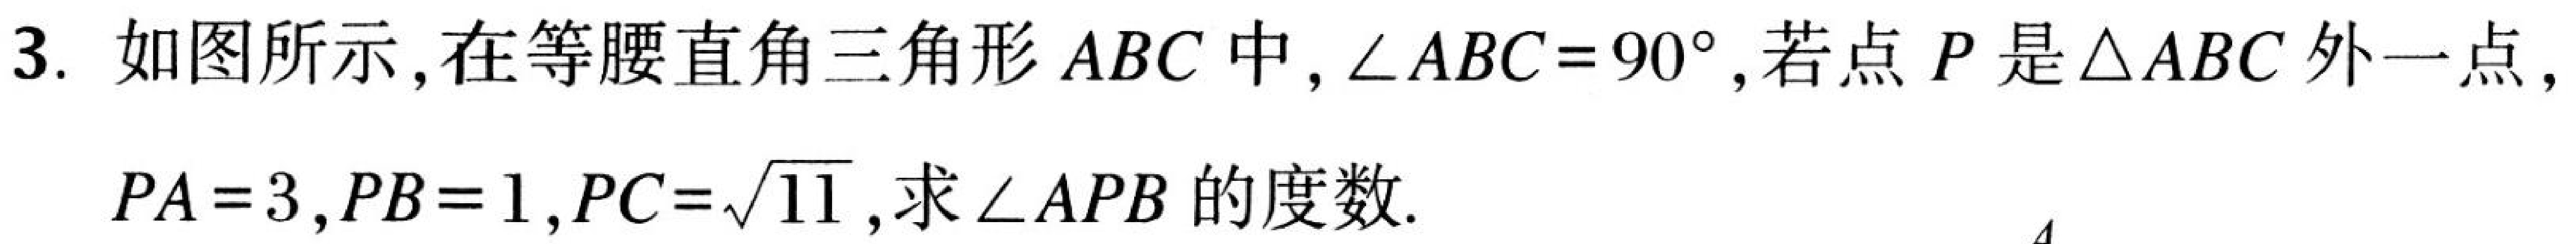
3. 如图所示，在等腰直角三角形$ABC$中，$\angle ABC = 90^{\circ}$，若点$P$是$\triangle ABC$外一点，$PA = 3$，$PB = 1$，$PC = \sqrt{11}$，求$\angle APB$的度数.